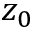
z _ { 0 }